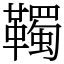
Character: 䪅